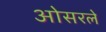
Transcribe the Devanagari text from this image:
ओसरले